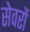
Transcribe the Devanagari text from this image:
सेवरों